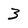
Character: 3